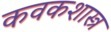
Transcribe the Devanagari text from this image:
कवकशास्त्र